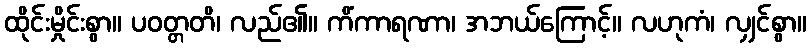
ထိုင်းမှိုင်းစွာ။ ပဝတ္တတိ၊ လည်၏။ ကိံကာရဏာ၊ အဘယ်ကြောင့်။ လဟုကံ၊ လျှင်စွာ။